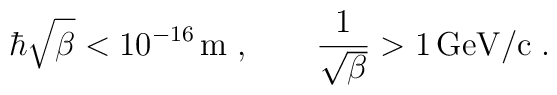
\hbar\sqrt{\beta} < 10^{-16}\,\mathrm{m}\;,\qquad\frac{1}{\sqrt{\beta}} > 1\,\mathrm{GeV/c}\;.